Report of the Indian Hemp Drugs Commission, 1894-1895 - Volume VIII
Year: 1894
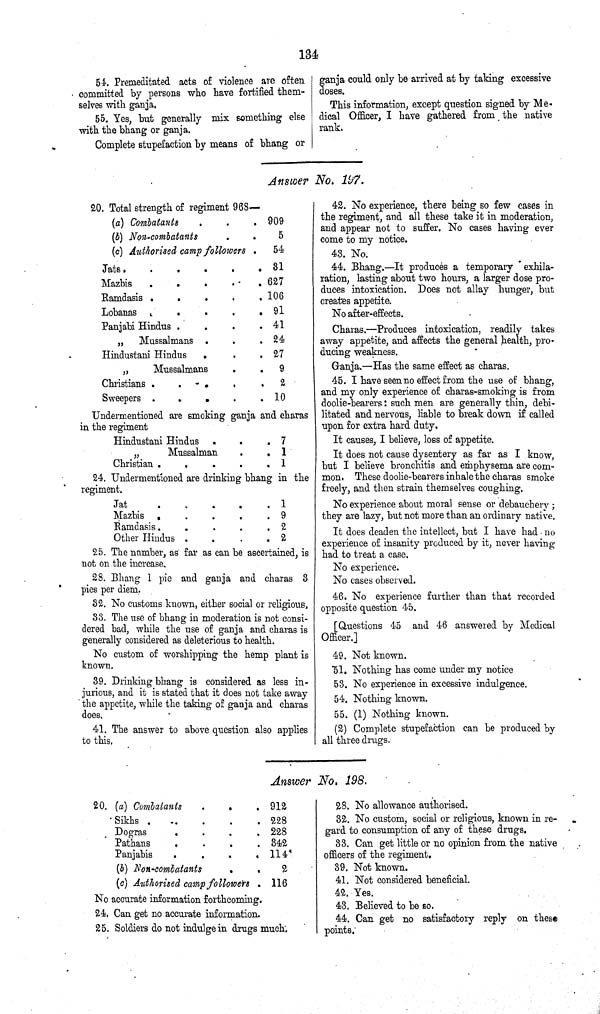
134
54. Premeditated acts of violence are often
committed by persons who have fortified them¬
selves with ganja.
55. Yes, but generally mix something else
with the bhang or ganja.
Complete stupefaction by means of bhang or
ganja could only be arrived at by taking excessive
doses.
This information, except question signed by Me¬
dical Officer, I have gathered from the native
rank.
Answer No. 197.
20. Total strength of regiment 968—
(a) Combatants
909
(b) Non-combatants
5
(c) Authorised camp followers
54
Jats .
31
Mazbis
627
Ramdasis
106
Lobanas
91
Panjabi Hindus
41
"
Mussalmans
24
Hindustani Hindus
27
"
Mussalmans
9
Christians
2
Sweepers
10
Undermentioned are smoking ganja and charas
in the regiment
Hindustani Hindus
7
" Mussalman
1
Christian
1
24. Undermentioned are drinking bhang in the
regiment.
Jat
1
Mazbis
9
Ramdasis
2
Other Hindus
2
25. The number, as far as can be ascertained, is
not on the increase.
28. Bhang 1 pie and ganja and charas 3
pies per diem.
32. No customs known, either social or religious,
33. The use of bhang in moderation is not consi¬
dered bad, while the use of ganja and charas is
generally considered as deleterious to health.
No custom of worshipping the hemp plant is
known.
39. Drinking bhang is considered as less in¬
jurious, and it is stated that it does not take away
the appetite, while the taking of ganja and charas
does.
41. The answer to above question also applies
to this.
42. No experience, there being so few cases in
the regiment, and all these take it in moderation,
and appear not to suffer. No cases having ever
come to my notice.
43. No.
44. Bhang.—It produces a temporary exhila¬
ration, lasting about two hours, a larger dose pro¬
duces intoxication. Does not allay hunger, but
creates appetite.
No after-effects.
Charas.—Produces intoxication, readily takes
away appetite, and affects the general health, pro¬
ducing weakness.
Ganja.—Has the same effect as charas.
45. I have seen no effect from the use of bhang,
and my only experience of charas-smoking is from
doolie-bearers: such men are generally thin, debi¬
litated and nervous, liable to break down if called
upon for extra hard duty.
It causes, I believe, loss of appetite.
It does not cause dysentery as far as I know,
but I believe bronchitis and emphysema are com¬
mon. These doolie-bearers inhale the charas smoke
freely, and then strain themselves coughing.
No experience about moral sense or debauchery;
they are lazy, but not more than an ordinary native.
It does deaden the intellect, but I have had no
experience of insanity produced by it, never having
had to treat a case.
No experience.
No cases observed.
46. No experience further than that recorded
opposite question 45.
[Questions 45 and 46 answered by Medical
Officer.]
49. Not known.
51. Nothing has come under my notice
53. No experience in excessive indulgence.
54. Nothing known.
55. (1) Nothing known.
(2) Complete stupefaction can be produced by
all three drugs.
Answer No. 198.
20. (a) Combatants
912
Sikhs
228
Dogras
228
Pathans
342
Panjabis
114
(b) Non-combatants
2
(c) Authorised camp followers
116
No accurate information forthcoming.
24. Can get no accurate information.
25. Soldiers do not indulge in drugs much.
28. No allowance authorised.
32. No custom, social or religious, known in re¬
gard to consumption of any of these drugs.
33. Can get little or no opinion from the native
officers of the regiment.
39. Not known.
41. Not considered beneficial.
42. Yes.
43. Believed to be so.
44. Can get no satisfactory reply on these
points.